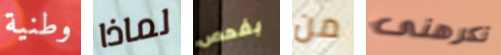
وطنية لماذا بفحص من تكرهنى